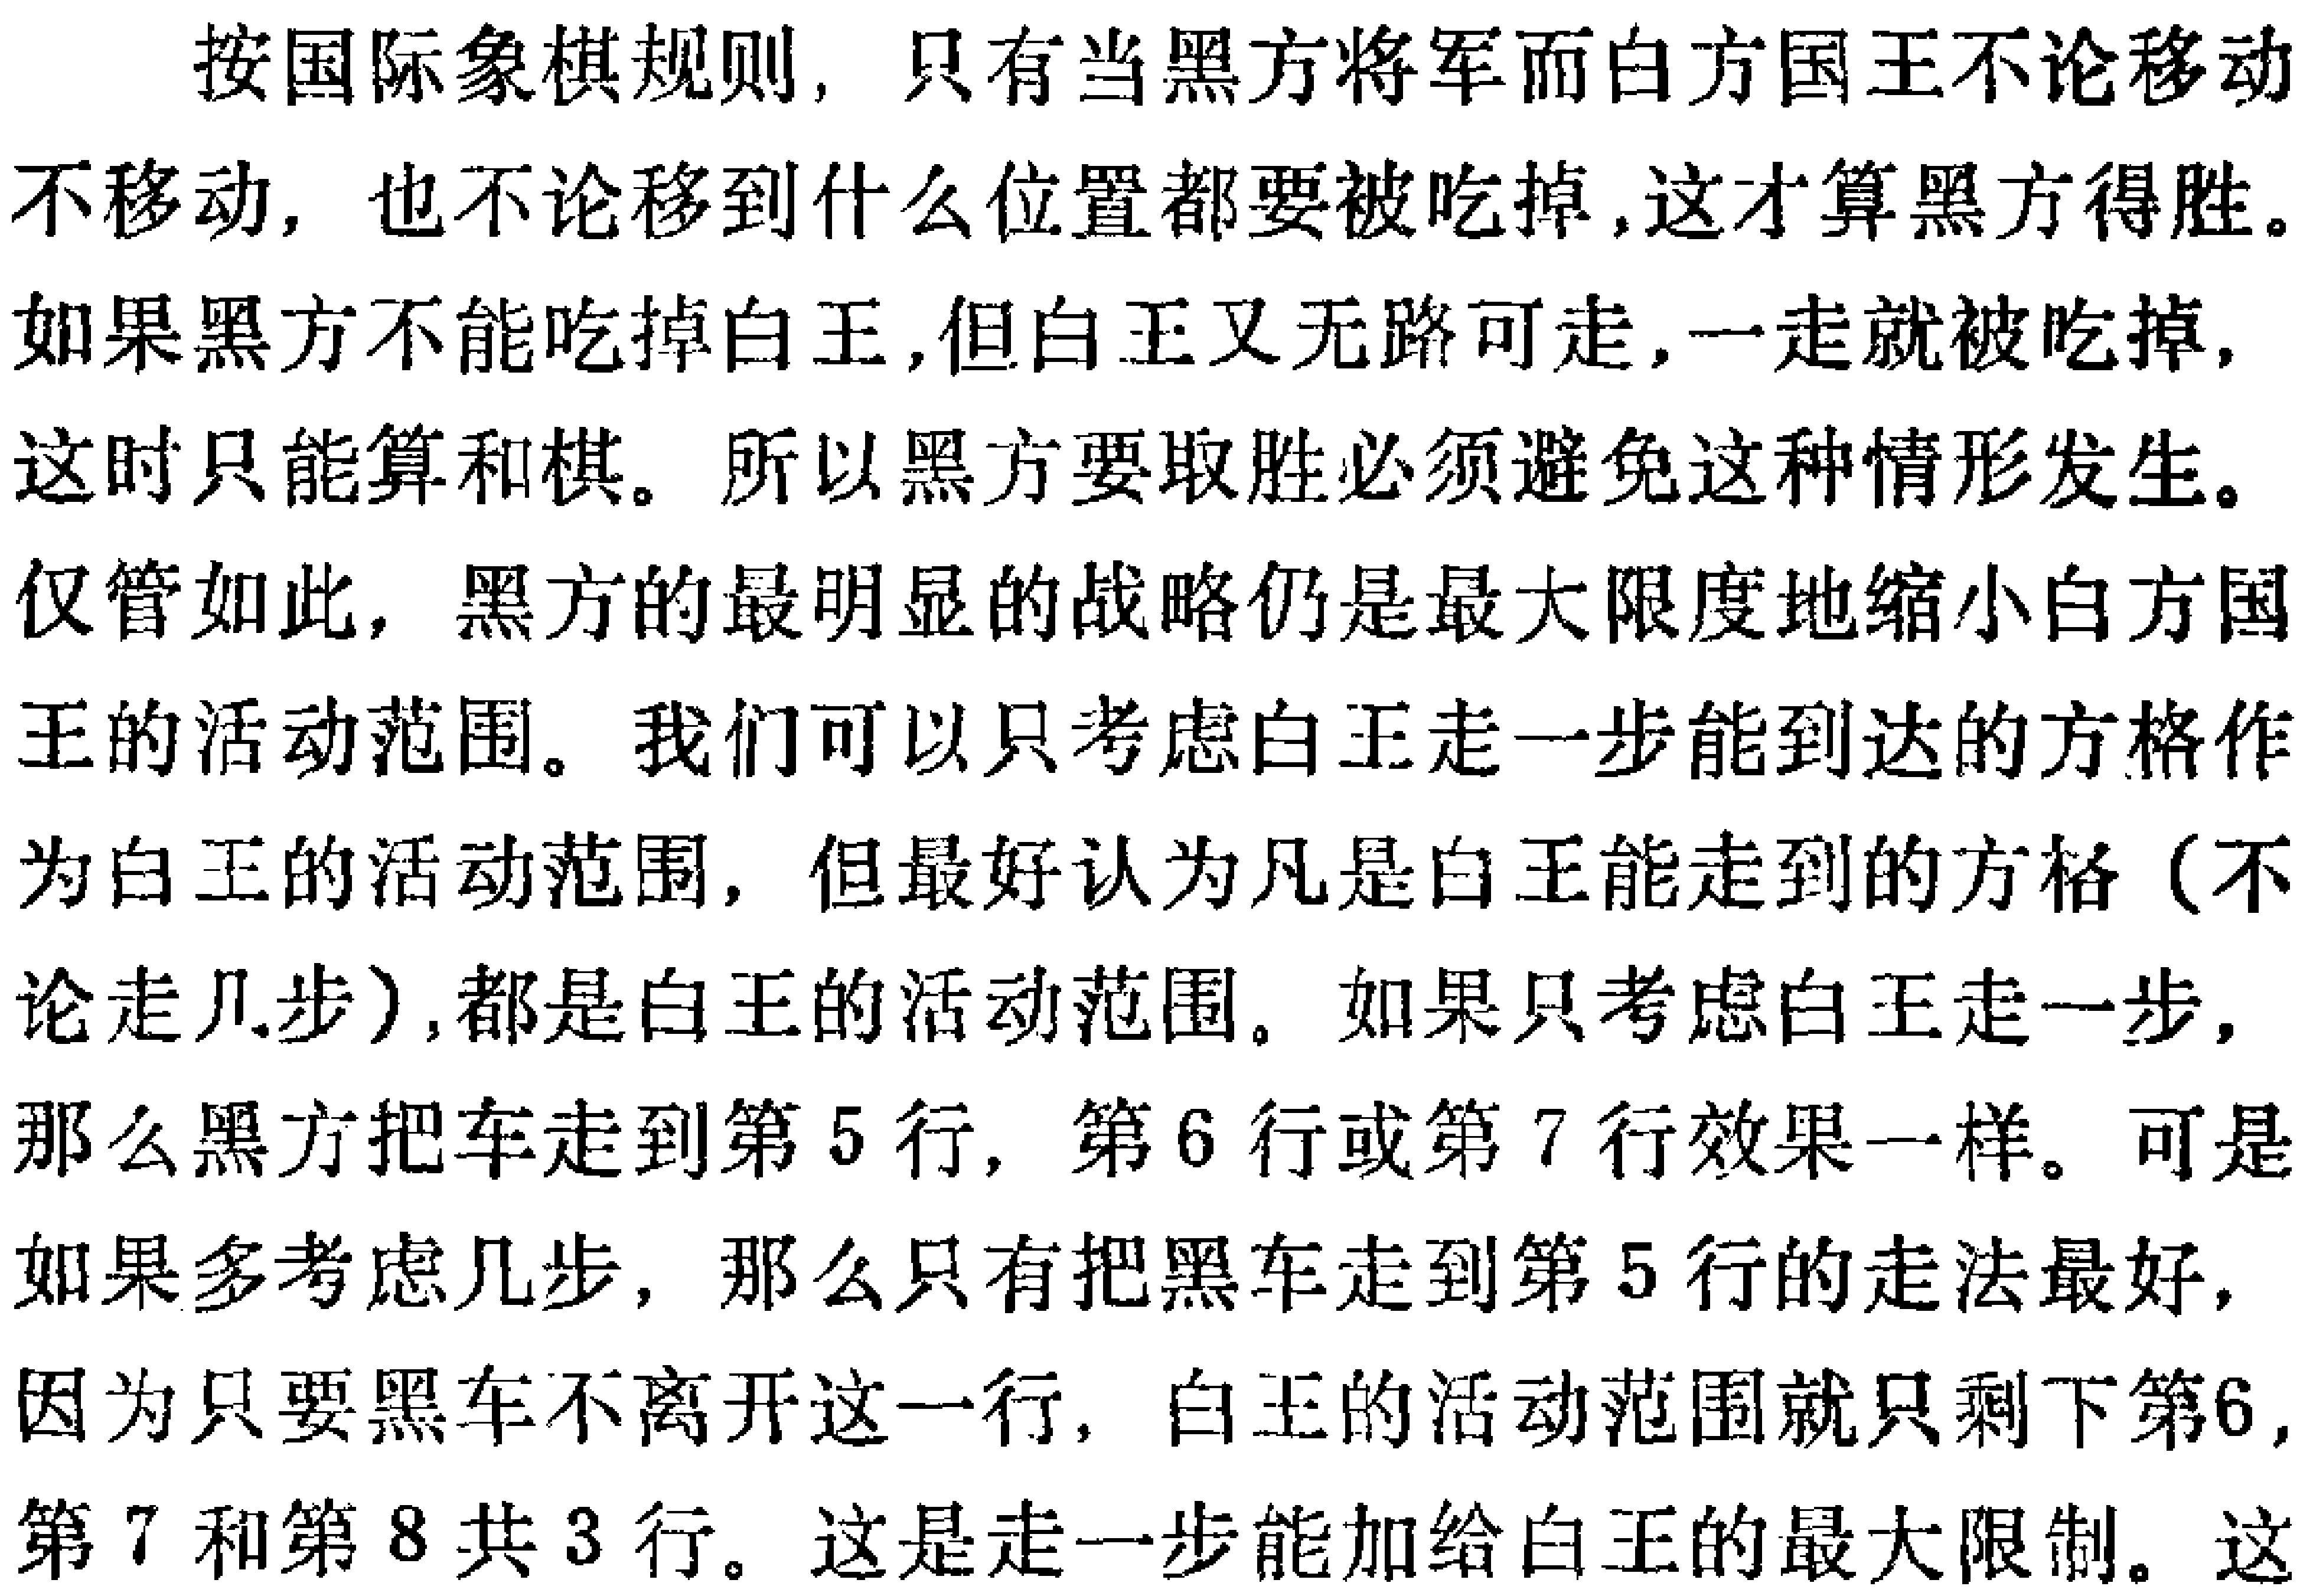
按国际象棋规则，只有当黑方将军而白方国王不论移动不移动，也不论移到什么位置都要被吃掉,这才算黑方得胜。如果黑方不能吃掉白王,但白王又无路可走,一走就被吃掉,这时只能算和棋。所以黑方要取胜必须避免这种情形发生。仅管如此，黑方的最明显的战略仍是最大限度地缩小白方国王的活动范围。我们可以只考虑白王走一步能到达的方格作为白王的活动范围，但最好认为凡是白王能走到的方格（不论走几步）,都是白王的活动范围。如果只考虑白王走一步，那么黑方把车走到第5行，第6行或第7行效果一样。可是如果多考虑几步，那么只有把黑车走到第5行的走法最好，因为只要黑车不离开这一行，白王的活动范围就只剩下第6,第7和第8共3行。这是走一步能加给白王的最大限制。这